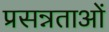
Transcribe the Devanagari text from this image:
प्रसन्नताओं